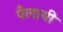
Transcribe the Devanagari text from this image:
पैलायी